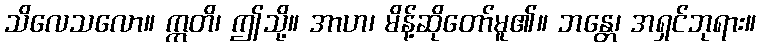
သိလေသလော။ ဣတိ၊ ဤသို့။ အာဟ၊ မိန့်ဆိုတော်မူ၏။ ဘန္တေ၊ အရှင်ဘုရား။